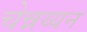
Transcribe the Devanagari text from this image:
चेन्नय्यन